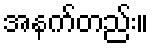
အနက်တည်း။